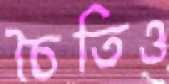
চৈতিও